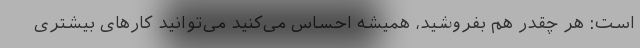
است: هر چقدر هم بفروشید، همیشه احساس می‌کنید می‌توانید کارهای بیشتری